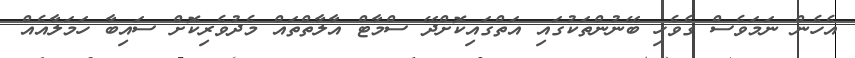
އެހެން ނަމަވެސް ގެވެހި ބޭނުންތަކުގައި އަތްގައިކޮށްދޭ ސްމާޓް އާލާތްތައް މެދުވެރިކޮށް ސައިބާ ހަމަލާއެއް